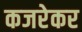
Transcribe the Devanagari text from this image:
कजरेकर